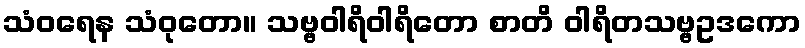
သံဝရေန သံဝုတော။ သဗ္ဗဝါရိဝါရိတော စာတိ ဝါရိတသဗ္ဗဥဒကော